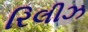
રિલીઝ